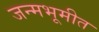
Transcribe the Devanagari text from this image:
जन्मभूमीत